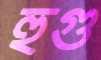
হুগু